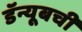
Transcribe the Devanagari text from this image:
डॅन्यूबची